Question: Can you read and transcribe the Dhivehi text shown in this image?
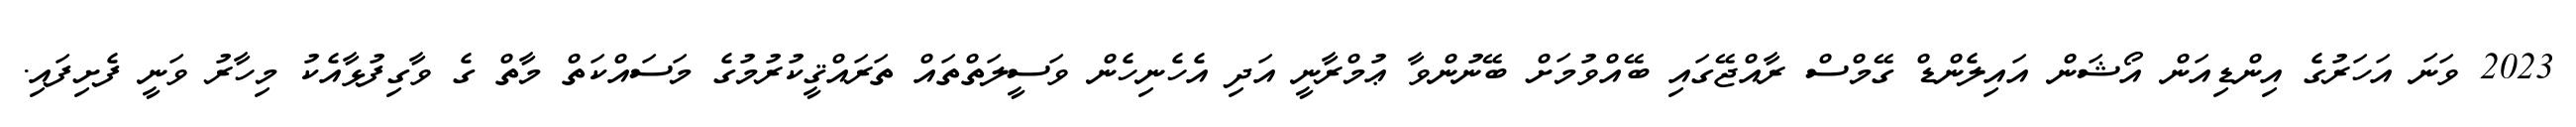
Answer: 2023 ވަނަ އަހަރުގެ އިންޑިއަން އޯޝަން އައިލެންޑް ގޭމްސް ރާއްޖޭގައި ބޭއްވުމަށް ބޭނުންވާ ޢުމްރާނީ އަދި އެހެނިހެން ވަސީލަތްތައް ތަރައްޤީކުރުމުގެ މަސައްކަތް މާތް ގެ ވާގިފުޅާއެކު މިހާރު ވަނީ ފެށިފައި.